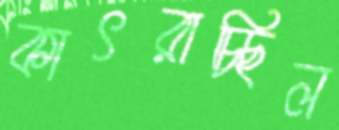
কাৎরাচ্ছিল